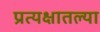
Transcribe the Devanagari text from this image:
प्रत्यक्षातल्या